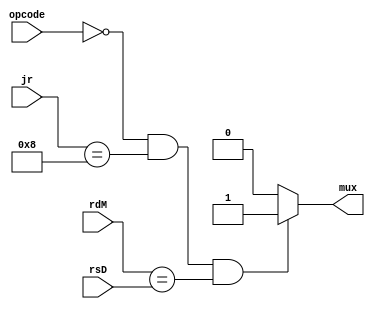
`timescale 1ns / 1ps
//////////////////////////////////////////////////////////////////////////////////
// Company: 
// Engineer: 
// 
// Design Name: 
// Module Name: forwardD
// Project Name: 
// Target Devices: 
// Tool Versions: 
// Description: 
// 
// Dependencies: 
// 
// Revision:
// Revision 0.01 - File Created
// Additional Comments:
// 
//////////////////////////////////////////////////////////////////////////////////


module forwardD(opcode, jr, rdM, rsD, mux);
    output reg mux;
    input [5:0] opcode, jr;
    input [4:0]  rdM, rsD;
    //input memRead;
    
    always @(*) begin
        mux<=0;
        if((opcode==6'b0) && (jr== 6'b001000) && (rdM==rsD) ) begin
            mux<=1;
        end
    end
endmodule